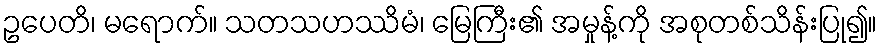
ဥပေတိ၊ မရောက်။ သတသဟဿိမံ၊ မြေကြီး၏ အမှုန့်ကို အစုတစ်သိန်းပြု၍။